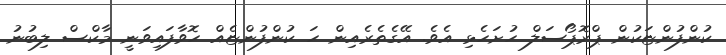
ކުންފުންޏަކުން ޕްރޮޕޯސަލް ހުށަހެޅި އެވެ. އޭގެތެރެއިން ހަ ކުންފުންޏެއް ހޮވާފައިވަނީ މާކްސް ލިބުނު